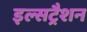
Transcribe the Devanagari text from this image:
इल्सट्रैशन